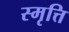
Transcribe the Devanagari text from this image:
स्मृत्ति